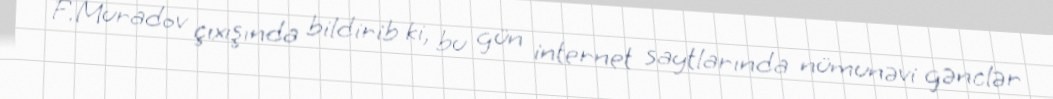
F.Muradov çıxışında bildirib ki, bu gün internet saytlarında nümunəvi gənclər